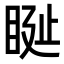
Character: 𥆊